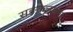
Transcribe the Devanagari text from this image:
सङकलपना